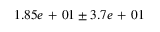
1 . 8 5 e \mathrm { ~ + ~ } 0 1 \pm 3 . 7 e \mathrm { ~ + ~ } 0 1